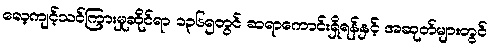
လေ့ကျင့်သင်ကြားမှုဆိုင်ရာ ၁၃၆၅တွင် ဆရာကောင်းရှိရန်နှင့် အဆုတ်များတွင်